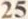
25